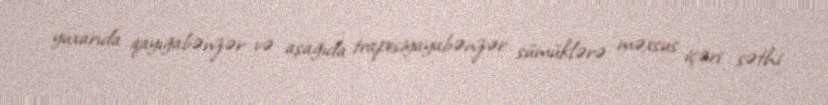
yuxarıda qayığabənzər və aşağıda trapesiyayabənzər sümüklərə məxsus içəri səthi